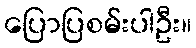
ပြောပြစမ်းပါဦး။